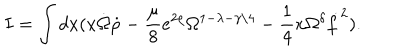
I = \int d x ( x \dot { \Omega } \dot { \rho } - \frac { \mu } { 8 } e ^ { 2 \rho } \Omega ^ { 1 - \lambda - \gamma / 4 } - \frac { 1 } { 4 } x \Omega ^ { \delta } \dot { f } ^ { 2 } ) .